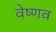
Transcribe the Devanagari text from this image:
वेष्णव